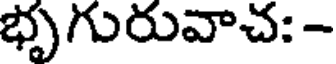
భృగురువాచ: -